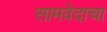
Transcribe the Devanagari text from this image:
सामवेदाचा